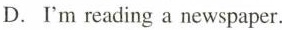
D. I'm reading a newspaper.